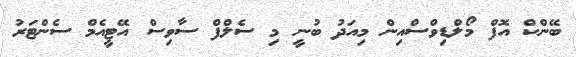
ބޭންކް އޮފް މޯލްޑިވްސްއިން މިއަދު ބުނީ މި ސެލްފް ސާވިސް އޭޓީއެމް ސެންޓަރު